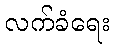
လက်ခံရေး